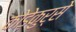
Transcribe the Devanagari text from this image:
कोड़ेकुर्से